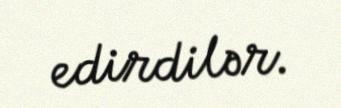
edirdilər.